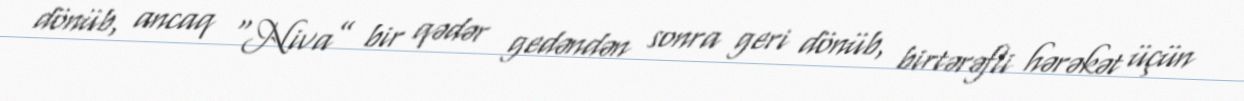
dönüb, ancaq “Niva” bir qədər gedəndən sonra geri dönüb, birtərəfli hərəkət üçün